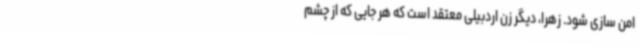
امن سازی شود. زهرا، دیگر زن اردبیلی معتقد است که هر جایی که از چشم